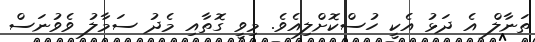
ތަނާލް އެ ދަޅު އެކީ ހުސްކޮށްލިއެވެ. މިވީ ގޮތާއި މެދު ސަމާލު ވެވުނަސް